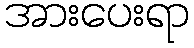
အားပေးရာ